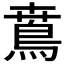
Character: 𩿜